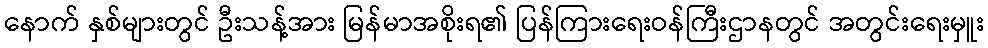
နောက် နှစ်များတွင် ဦးသန့်အား မြန်မာအစိုးရ၏ ပြန်ကြားရေးဝန်ကြီးဌာနတွင် အတွင်းရေးမှူး